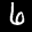
Label: 6